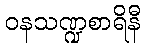
ဝနသဏ္ဍစာရိနီ